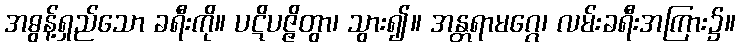
အဓွန့်ရှည်သော ခရီးကို။ ပဋိပဇ္ဇိတွာ၊ သွား၍။ အန္တရာမဂ္ဂေ၊ လမ်းခရီးအကြား၌။